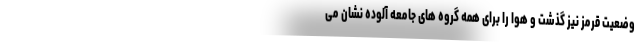
وضعیت قرمز نیز گذشت و هوا را برای همه گروه های جامعه آلوده نشان می